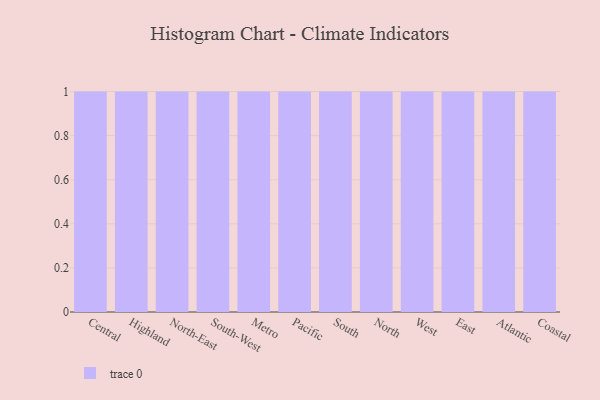
{"axis": {"x": "Region", "y": "Production Output"}, "legend": [""], "data": [{"x": "Central", "y": 60, "type": ""}, {"x": "Highland", "y": 11, "type": ""}, {"x": "North-East", "y": 89, "type": ""}, {"x": "South-West", "y": 6, "type": ""}, {"x": "Metro", "y": 63, "type": ""}, {"x": "Pacific", "y": 81, "type": ""}, {"x": "South", "y": 10, "type": ""}, {"x": "North", "y": 38, "type": ""}, {"x": "West", "y": 12, "type": ""}, {"x": "East", "y": 66, "type": ""}, {"x": "Atlantic", "y": 90, "type": ""}, {"x": "Coastal", "y": 53, "type": ""}]}